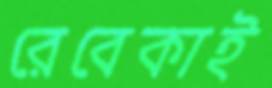
রেবেকাই